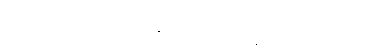
မွေးပြီး ၁၉၀၈ မှာ မန္တလေးမှာ အနိစ္စရောက်ပါတယ်။